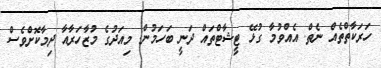
ހަރަކާތްތެއް ނެތް. އެއްވުމާ ގުޅޭ ޓީޝާޓްތައް ދަނީ ބަހަމުން. މިއަދުގެ މުޒާހަރާއާ ދިމާކޮށްވެސް